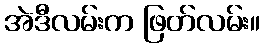
အဲဒီလမ်းက ဖြတ်လမ်း။